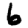
Digit: 6